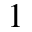
1